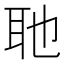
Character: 𮋭